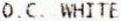
O.C. WHITE